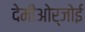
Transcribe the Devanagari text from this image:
देमीओर्जोई